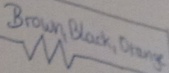
Text: Brown,Black,Orange